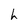
Character: h